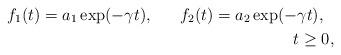
LaTeX: \begin{align*} f_{1}(t)=a_{1}\exp(-\gamma t),\ \ \ \ \ f_{2}(t)=a_{2}\exp(-\gamma t),\ \ \\ t\ge 0,\end{align*}